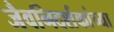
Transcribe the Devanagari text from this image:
जैवनिदर्शकांच्या